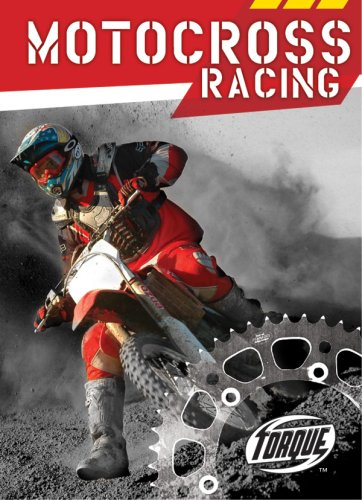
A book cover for Motocross Racing (Torque Books: Action Sports); Jack David; Children's Books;